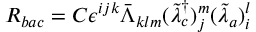
R _ { b a c } = { \cal C } \epsilon ^ { i j k } \bar { \Lambda } _ { k l m } ( \tilde { \lambda } _ { c } ^ { \dagger } ) _ { j } ^ { m } ( \tilde { \lambda } _ { a } ) _ { i } ^ { l }